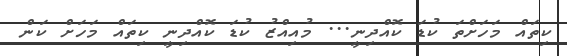
ކިތައް މަހަށްތަ ކުޑަ ކޮއްދިނީ... މުއިއްޒު ކުޑަ ކޮއްދިނީ ކިތައް މަހަށް ކަން